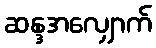
ဆန္ဒအလျှောက်